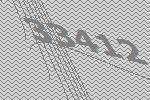
33412